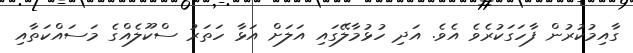
ގާއިމުކުރުން ފާހަގަކުރެވެ އެވެ. އަދި ހުޅުމާލޭގައި އަލަށް އަޅާ ހަތަރު ސްކޫލެއްގެ މަސައްކަތާއި